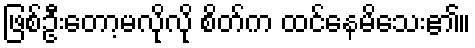
ဖြစ်ဦးတော့မလိုလို စိတ်က ထင်နေမိသေး၏။